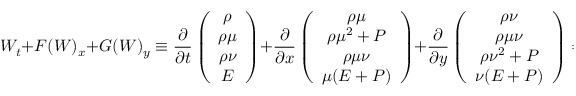
W _ { t } + F ( W ) _ { x } + G ( W ) _ { y } \equiv \frac { \partial } { \partial t } \left( \begin{array} { c } { \rho } \\ { \rho \mu } \\ { \rho \nu } \\ { E } \end{array} \right) + \frac { \partial } { \partial x } \left( \begin{array} { c } { \rho \mu } \\ { \rho \mu ^ { 2 } + P } \\ { \rho \mu \nu } \\ { \mu ( E + P ) } \end{array} \right) + \frac { \partial } { \partial y } \left( \begin{array} { c } { \rho \nu } \\ { \rho \mu \nu } \\ { \rho \nu ^ { 2 } + P } \\ { \nu ( E + P ) } \end{array} \right) = 0 ,